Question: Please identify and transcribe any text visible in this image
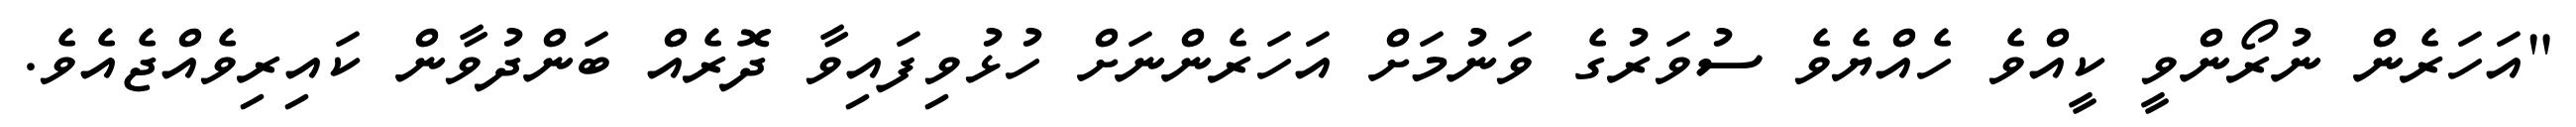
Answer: "އަހަރެން ނުރޯންވީ ކީއްވެ ހެއްޔެވެ ސުވަރުގެ ވަނުމަށް އަހަރެންނަށް ހުޅުވިފައިވާ ދޮރެއް ބަންދުވާން ކައިރިވެއްޖެއެވެ.